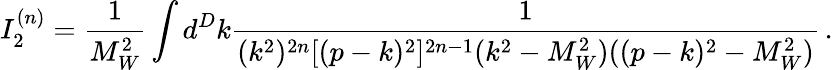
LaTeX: I_{2}^{(n)}=\frac{1}{M_{W}^{2}}\int d^{D}k\frac{1}{(k^{2})^{2n}[(p-k)^{2}]^{2n-1}(k^{2}-M_{W}^{2})((p-k)^{2}-M_{W}^{2})}\, .